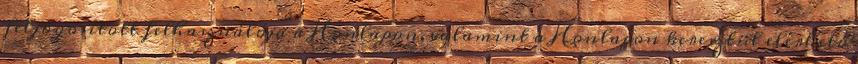
feljogosított felhasználója a Honlapon, valamint a Honlapon keresztül elérhető